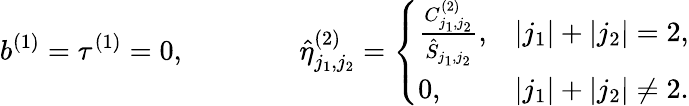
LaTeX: b^{(1)}=\tau^{(1)}=0,\qquad\qquad\hat{\eta}_{j_{1},j_{2}}^{(2)}=\left\{ \begin{array}{ll}{\frac{C_{j_{1},j_{2}}^{(2)}}{\hat{S}_{j_{1},j_{2}}},}&{|j_{1}|+|j_{2}|=2,}\\ {0,}&{|j_{1}|+|j_{2}|\neq 2.}\end{array}\right.